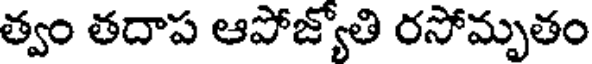
త్వం తదాప ఆపోజ్యోతి రసోమృతం